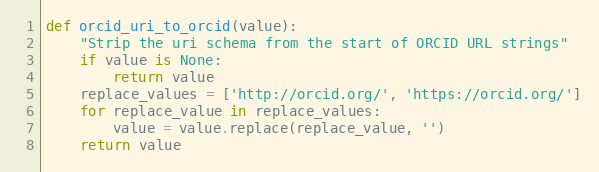
Language: Python
def orcid_uri_to_orcid(value):
    "Strip the uri schema from the start of ORCID URL strings"
    if value is None:
        return value
    replace_values = ['http://orcid.org/', 'https://orcid.org/']
    for replace_value in replace_values:
        value = value.replace(replace_value, '')
    return value